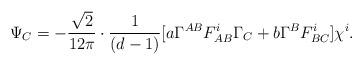
LaTeX: \begin{align*}\Psi_{C} = -\frac{\sqrt{2}}{12 \pi} \cdot \frac{1}{(d-1)} [a \Gamma^{AB}F^i_{AB}\Gamma_{C} + b \Gamma^{B}F^i_{BC}]\chi^i.\end{align*}